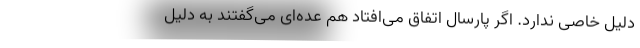
دلیل خاصی ندارد. اگر پارسال اتفاق می‌افتاد هم عده‌ای می‌گفتند به دلیل